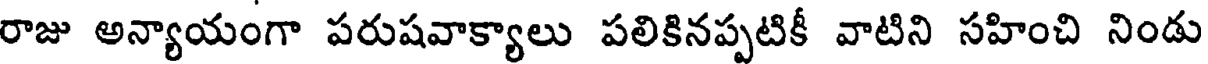
రాజు అన్యాయంగా పరుషవాక్యాలు పలికినప్పటికీ వాటిని సహించి నిండు